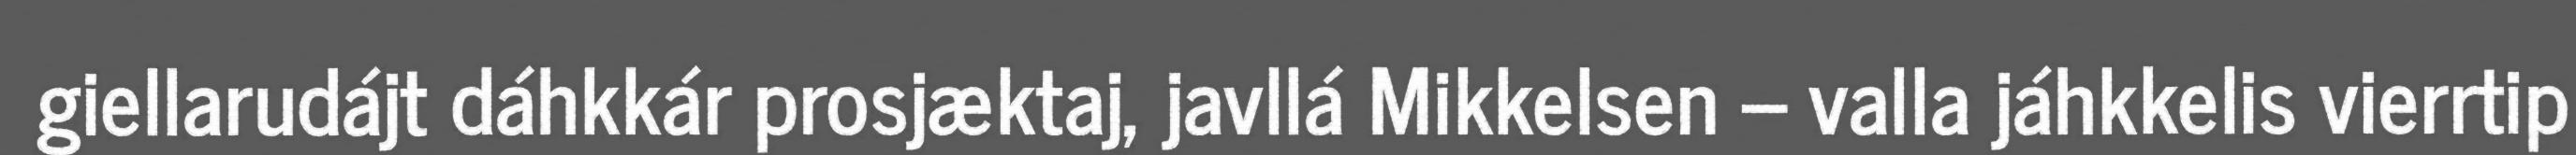
giellarudájt dáhkkár prosjæktaj, javllá Mikkelsen – valla jáhkkelis vierrtip